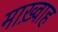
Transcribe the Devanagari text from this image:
माख़्वाह